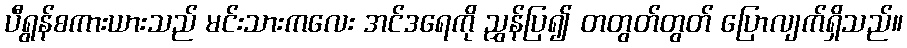
ပီရွန်စကားယားသည် မင်းသားကလေး အင်ဒရေကို ညွှန်ပြ၍ တတွတ်တွတ် ပြောလျက်ရှိသည်။